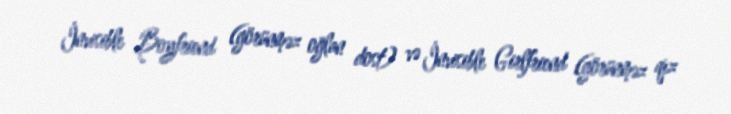
İnvisible Boyfriend (görünməz oğlan dost) və İnvisible Girlfriend (görünməz qız